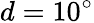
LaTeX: d=10^{\circ}